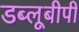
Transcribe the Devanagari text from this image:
डब्लूबीपी